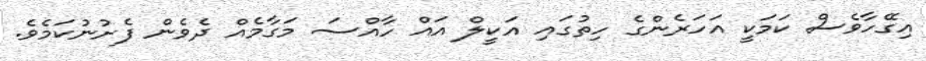
އިގޭހާވެސް ކަމަކީ އަހަރެންގެ ހިތުގައި އަކީލް އައް ހާއްސަ މަގާމެއް ދެވެން ފެށުނުކަމެވެ.